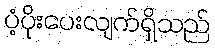
ပံ့ပိုးပေးလျက်ရှိသည်